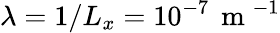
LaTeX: \lambda=1/L_{x}=10^{-7}\, \mathrm{~m~}^{-1}